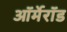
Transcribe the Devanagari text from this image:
ऑर्मेरॉड